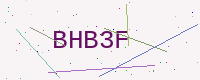
Text: BHB3F